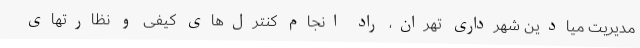
مدیریت میادین شهرداری تهران، راد انجام کنترل‌های کیفی و نظارتهای